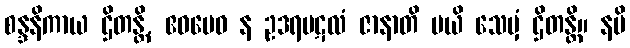
စန္ဒနိကာယ ဌိတန္တိ, ဧဝမေဝ န ဥဒရပဋလံ ဇာနာတိ မယိ သေမှံ ဌိတန္တိ။ နပိ